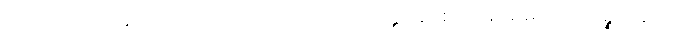
ဤသည်ကား။ အတ္ထော၊ တည်း။ သော၊ ထိုအဝိတက္က အဝိစာရ သမာဓိသည်။ ပဉ္စကနယေ၊